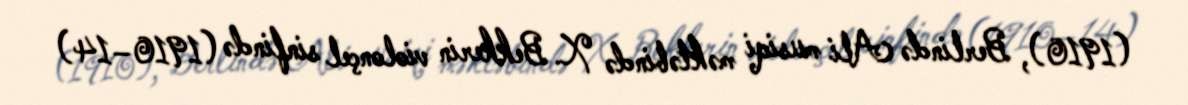
(1910), Berlində Ali musiqi məktəbində X. Bekkerin violonçel sinfində (1910–14)